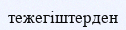
тежегіштерден